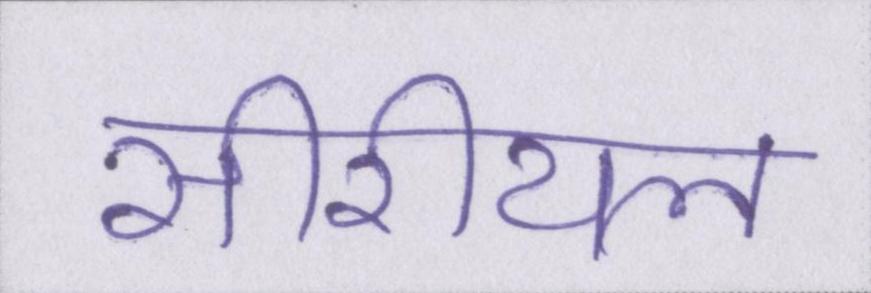
सीरीयल